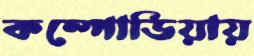
কম্পোডিয়ায়